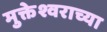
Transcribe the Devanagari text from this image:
मुक्तेश्वराच्या